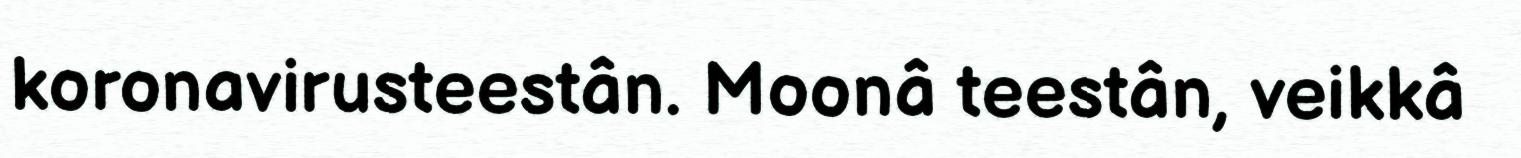
koronavirusteestân. Moonâ teestân, veikkâ